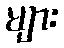
များ